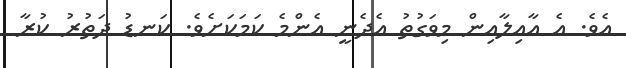
އެވެ. އެ އާއިލާއިން މިވަގުތު އެދެނީ އެންމެ ކަމަކަށެވެ. ކަނޑު ދަތުރު ކުރާ